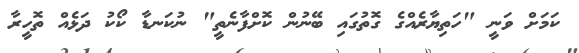
ކަމަށް ވަނީ "ހަތިޔާރެއްގެ ގޮތުގައި ބޭނުން ކޮށްފާނެތީ" ނުކަނޑާ ކޯކު ދަޅެއް ތޮހީރާ